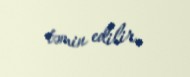
təmin edilir.